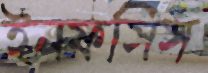
ইনফসিস